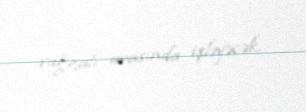
vağzalı arasında işləyəcək.